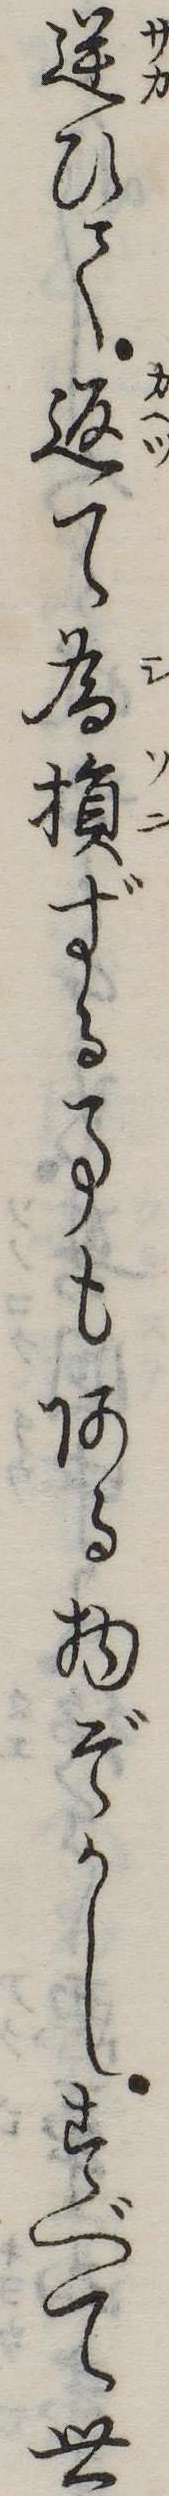
逆ひて返て為損ずる事もある物ぞかしすべて世